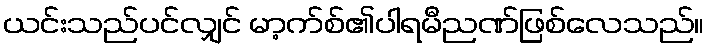
ယင်းသည်ပင်လျှင် မာ့က်စ်၏ပါရမီညဏ်ဖြစ်လေသည်။